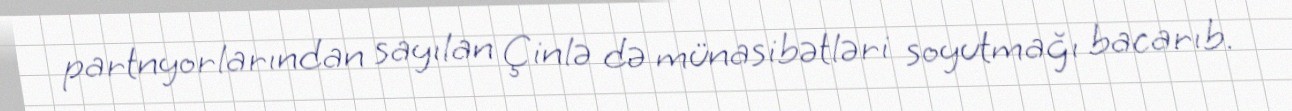
partnyorlarından sayılan Çinlə də münasibətləri soyutmağı bacarıb.